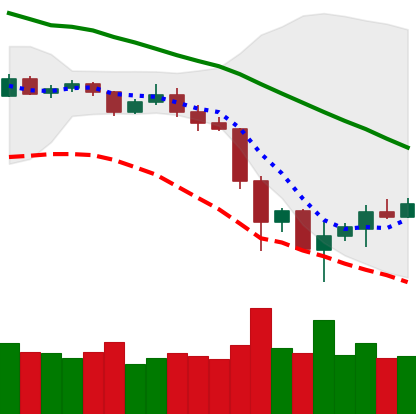
Ticker: ETH-USD
Chart end date: 2019-11-29
Forward return: -5.51%
Label: down_5_7